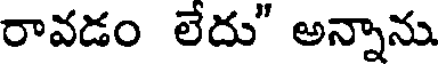
రావడం లేదు" అన్నాను